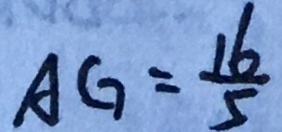
A G = \frac { 1 6 } { 5 }